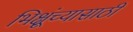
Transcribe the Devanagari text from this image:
भिक्षूंच्यासाठी